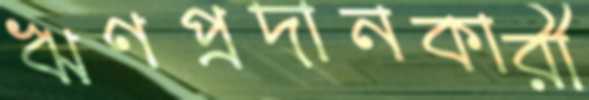
ঋণপ্রদানকারী